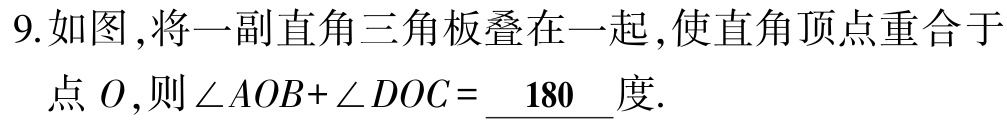
9.如图,将一副直角三角板叠在一起,使直角顶点重合于点\(O\),则\(\angle AOB+\angle DOC = \underline{180}\)度.